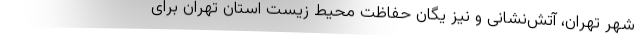
شهر تهران، آتش‌نشانی و نیز یگان حفاظت محیط زیست استان تهران برای